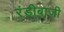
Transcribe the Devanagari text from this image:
रंडीबाजी